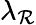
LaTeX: \lambda_{\mathcal{R}}